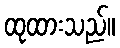
ထုထားသည်။